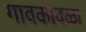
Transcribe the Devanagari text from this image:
गावकावळा